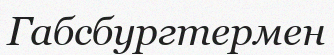
Габсбургтермен